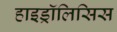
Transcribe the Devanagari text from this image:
हाइड्रॉलिसिस